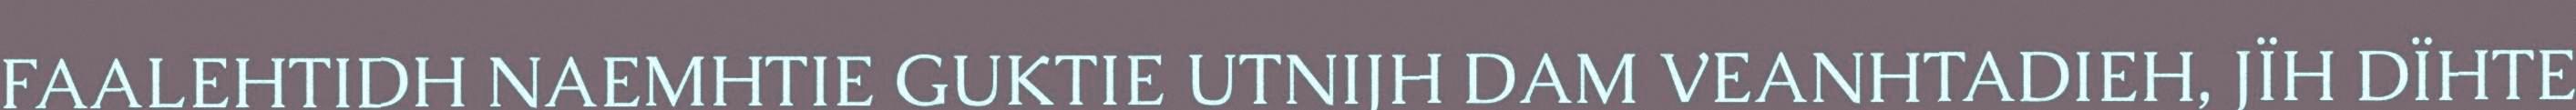
FAALEHTIDH NAEMHTIE GUKTIE UTNIJH DAM VEANHTADIEH, JÏH DÏHTE